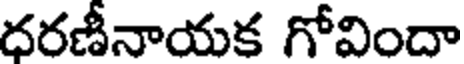
ధరణీనాయక గోవిందా